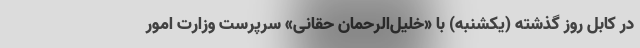
در کابل روز گذشته (یکشنبه) با «خلیل‌الرحمان حقانی» سرپرست وزارت امور